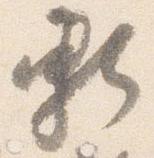
頼